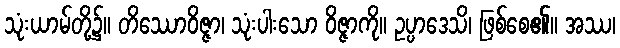
သုံးယာမ်တို့၌။ တိဿောဝိဇ္ဇာ၊ သုံးပါးသော ဝိဇ္ဇာကို။ ဥပ္ပာဒေသိ၊ ဖြစ်စေ၏။ အဿ၊